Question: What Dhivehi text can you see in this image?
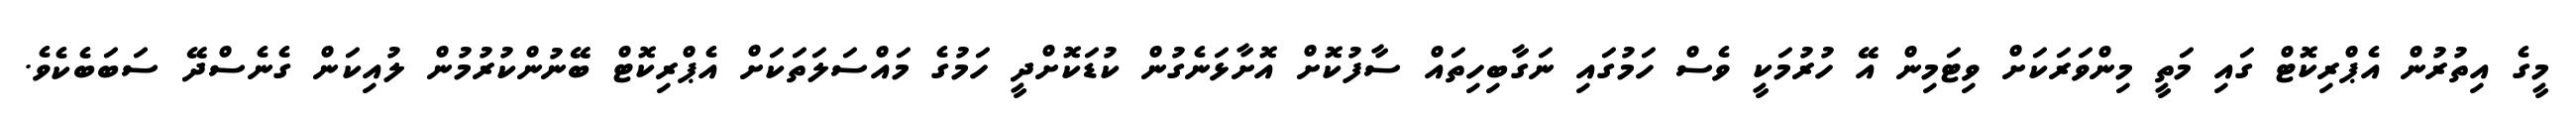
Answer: މީގެ އިތުރުން އެޕްރިކޮޓް ގައި މަތީ މިންވަރަކަށް ވިޓަމިން އޭ ހުރުމަކީ ވެސް ހަމުގައި ނަގާބިހިތައް ސާފުކޮށް އޮށާޅަނެގުން ކުޑަކޮށްދީ ހަމުގެ މައްސަލަތަކަށް އެޕްރިކޮޓް ބޭނުންކުރުމުން ލުއިކަން ގެނެސްދޭ ސަބަބެކެވެ.